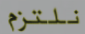
نلتزم